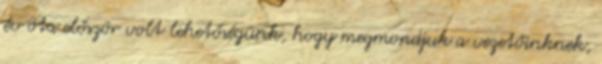
év óta először volt lehetőségünk, hogy megmondjuk a vezetőinknek,